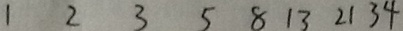
1 2 3 5 8 1 3 2 1 3 4